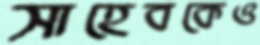
সাহেবকেও